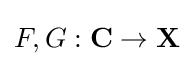
F,G:\mathbf {C} \to \mathbf {X}